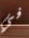
في